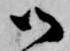
御